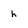
Character: h